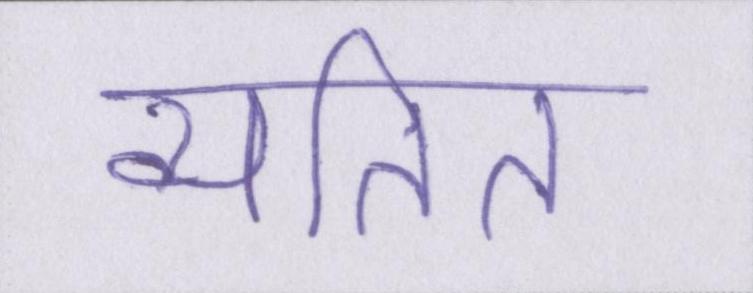
व्यतित